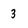
Character: 3